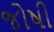
જોષી